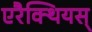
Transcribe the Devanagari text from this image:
एरैक्थियस्‌